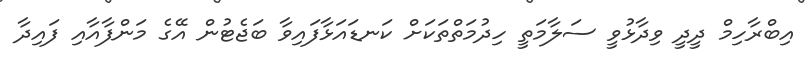
އިބްރާހިމް ދީދީ ވިދާޅުވީ ސަލާމަތީ ހިދުމަތްތަކަށް ކަނޑައަޅާފައިވާ ބަޖެޓުން އޭގެ މަންފާއާއި ފައިދާ